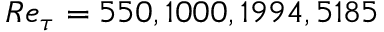
R e _ { \tau } = 5 5 0 , 1 0 0 0 , 1 9 9 4 , 5 1 8 5